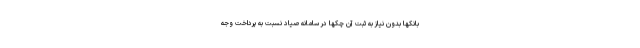
بانکها بدون نیاز به ثبت آن چکها در سامانه صیاد نسبت به پرداخت وجه